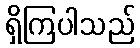
ရှိကြပါသည်